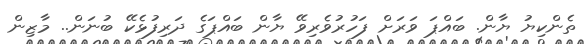
ތެންކިޔު ޔާން. ބައްޕަ ވަރަށް ފަހުރުވެރިވޭ ޔާން ބައްޕަގެ ދަރިފުޅެކޭ ބުނަން.. މާޒިން